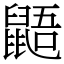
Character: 鼯